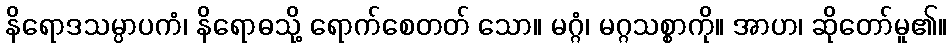
နိရောဒသမ္ပာပကံ၊ နိရောဓသို့ ရောက်စေတတ် သော။ မဂ္ဂံ၊ မဂ္ဂသစ္စာကို။ အာဟ၊ ဆိုတော်မူ၏။